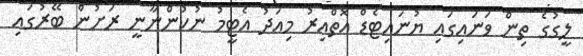
ލީގުގެ ތިން ވަނައިގައި ޔުނައިޓެޑް އޮތްއިރު މިއަދު އެޓީމު ނުކުންނާނީ ރަށުން ބޭރުގައި